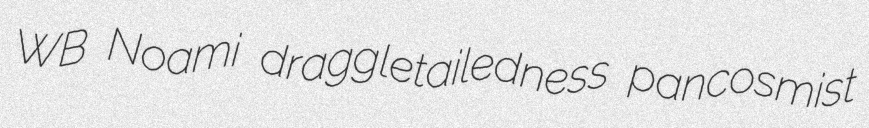
WB Noami draggletailedness pancosmist